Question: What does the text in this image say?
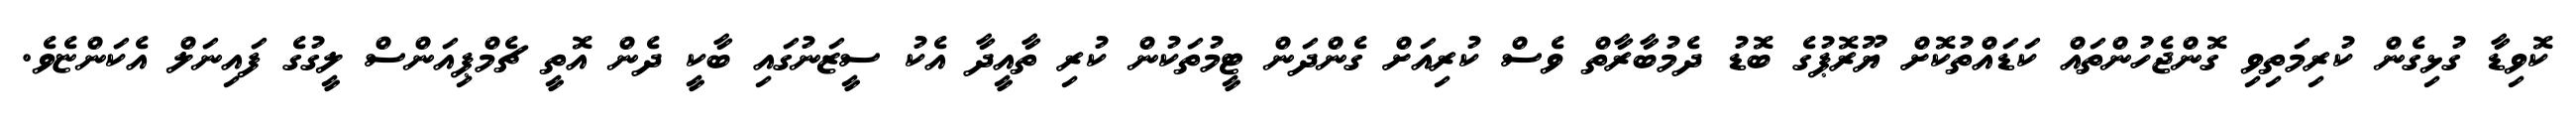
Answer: ކޮވިޑާ ގުޅިގެން ކުރިމަތިވި ގޮންޖެހުންތައް ކަޑައްތުކޮށް ޔޫރޮޕުގެ ބޮޑު ދެމުބާރާތް ވެސް ކުރިއަށް ގެންދަން ޓީމުތަކުން ކުރި ތާއީދާ އެކު ސީޒަނުގައި ބާކީ ދެން އޮތީ ޗެމްޕިއަންސް ލީގުގެ ފައިނަލް އެކަންޏެވެ.